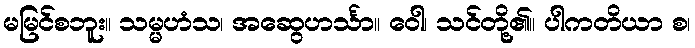
မမြင်စဘူး။ သမ္မဟံသ၊ အဆွေဟင်္သာ။ ဝေါ၊ သင်တို့၏။ ပါကတိယာ စ၊